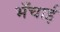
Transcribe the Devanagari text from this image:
भँचाई